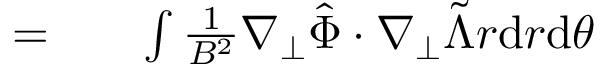
\begin{array} { r l r } { = } & { { } } & { \int \frac { 1 } { B ^ { 2 } } \nabla _ { \perp } \hat { \Phi } \cdot \nabla _ { \perp } \tilde { \Lambda } r \mathrm { d } r \mathrm { d } \theta } \end{array}